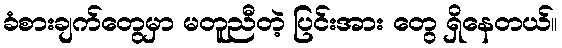
ခံစားချက်တွေမှာ မတူညီတဲ့ ပြင်းအား တွေ ရှိနေတယ်။